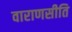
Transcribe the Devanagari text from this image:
वाराणसीति